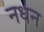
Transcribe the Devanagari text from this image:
नधन